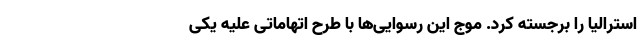
استرالیا را برجسته کرد. موج این رسوایی‌ها با طرح اتهاماتی علیه یکی